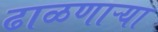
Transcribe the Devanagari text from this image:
ढाळणाऱ्या